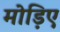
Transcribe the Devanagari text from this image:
मोड़िए